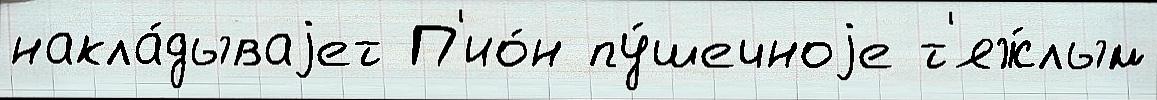
накла́дываjет П'ио́н пу́шечноjе т'яж́лым